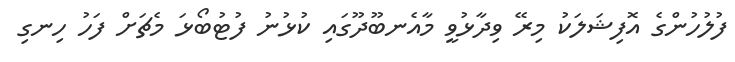
ފުލުހުންގެ އޮފިޝަލަކު މިރޭ ވިދާޅުވީ މާއެނބޫދޫގައި ކުޅުނު ފުޓުބޯޅަ މެޗަށް ފަހު ހިނގި